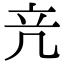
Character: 𥩕